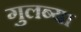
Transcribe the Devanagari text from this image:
गुलब्या